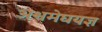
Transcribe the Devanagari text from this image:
अश्वमेघयज्ञ